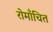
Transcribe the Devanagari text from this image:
रोमाँचित